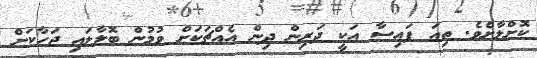
ކޮށްލާށެވެ. ތިއަ ފައިސާ އަކީ ދަރިން ދިން އެއްޗަކަށް ވުމުން ބޮލާލައި ޖަހާކަށް